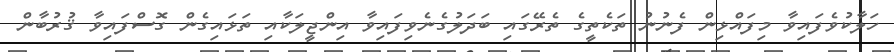
ހަލާކުވެފައިވާ މިފައްޅިން ފެނުނު ތަކެތީގެ ތެރޭގައި ބަދަލުގެނެވިފައިވާ އިންޖީލަކާއި ތަޅައިގެން ގޮސްފައިވާ ޤުރުބާން